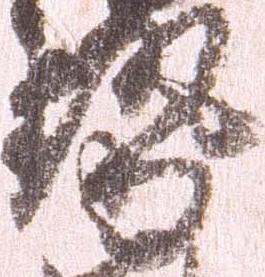
勢